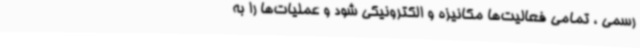
رسمی ، تمامی فعالیت‌ها مکانیزه و الکترونیکی شود و عملیات‌ها را به